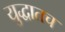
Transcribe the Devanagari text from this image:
युद्धातच